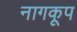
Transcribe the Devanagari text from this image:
नागकूप